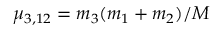
\mu _ { 3 , 1 2 } = m _ { 3 } ( m _ { 1 } + m _ { 2 } ) / M